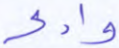
وادكر